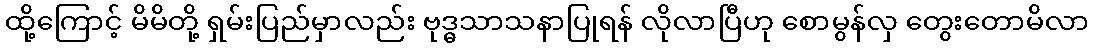
ထို့ကြောင့် မိမိတို့ ရှမ်းပြည်မှာလည်း ဗုဒ္ဓသာသနာပြုရန် လိုလာပြီဟု စောမွန်လှ တွေးတောမိလာ